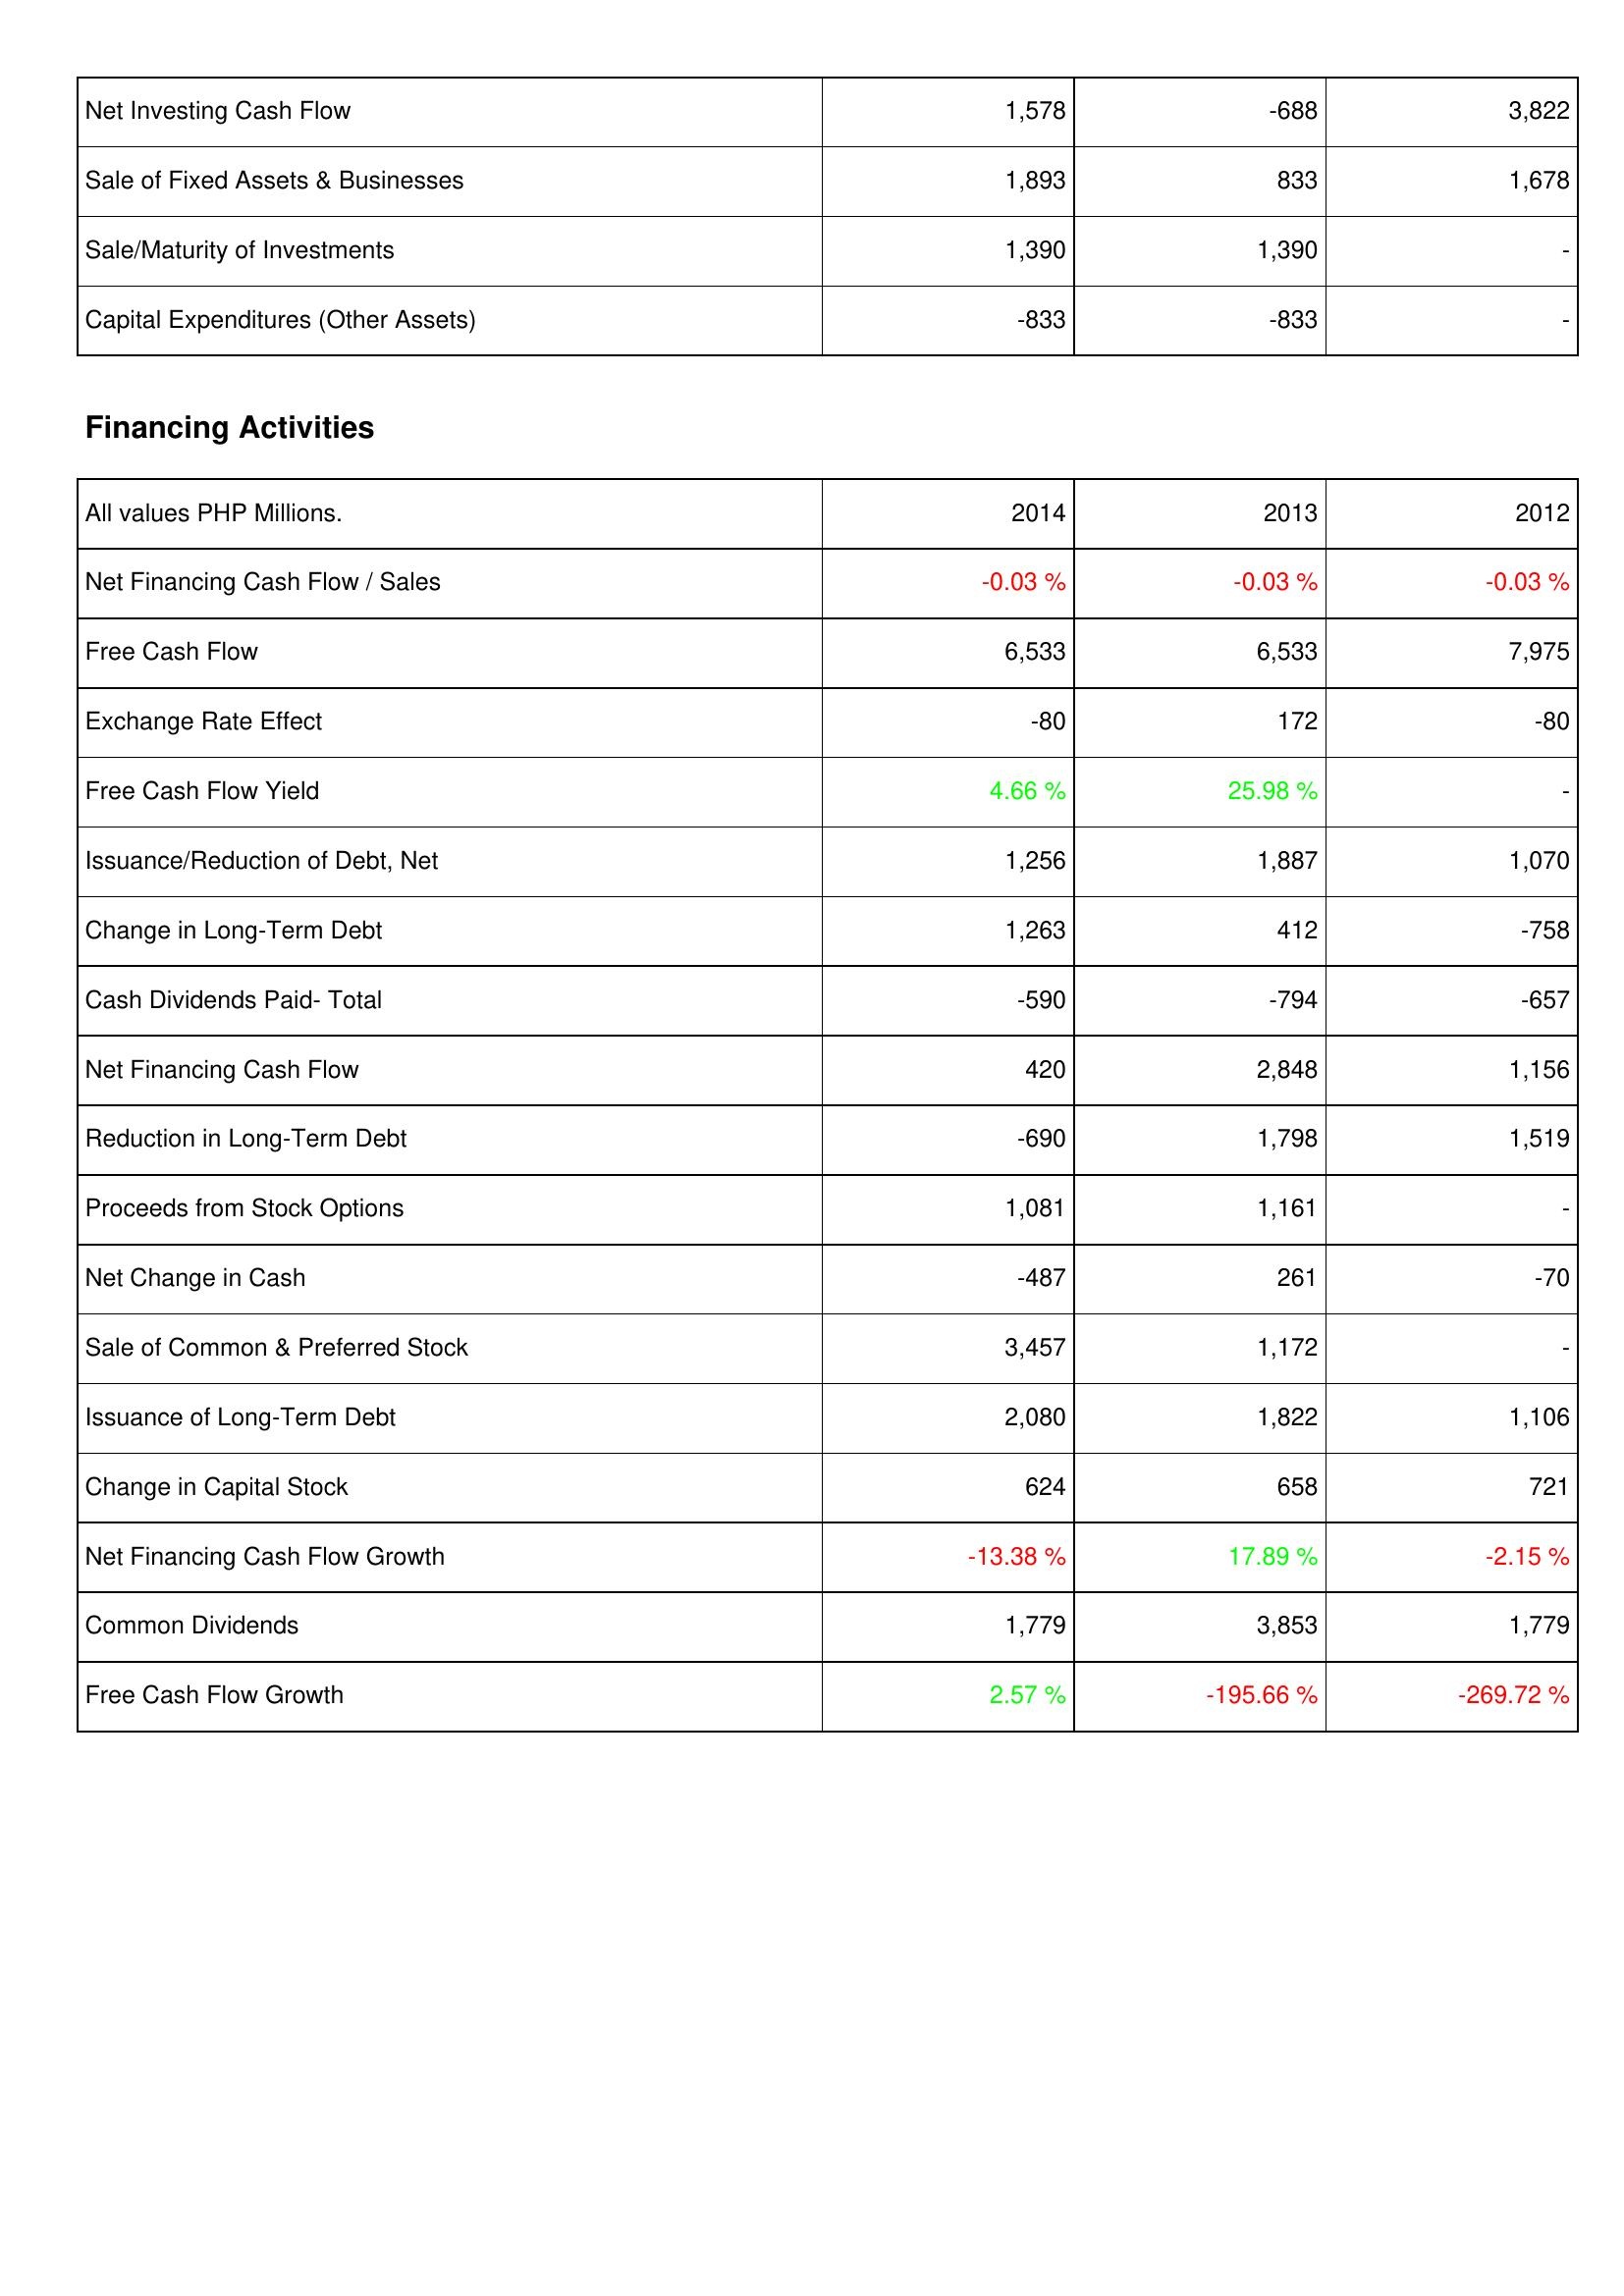
2014: Investing Activities: Net Investing Cash Flow: 1,578
Sale of Fixed Assets & Businesses: 1,893
Sale/Maturity of Investments: 1,390
Capital Expenditures (Other Assets): -833
Financing Activities: Net Financing Cash Flow / Sales: -0.03 %
Free Cash Flow: 6,533
Exchange Rate Effect: -80
Free Cash Flow Yield: 4.66 %
Issuance/Reduction of Debt, Net: 1,256
Change in Long-Term Debt: 1,263
Cash Dividends Paid- Total: -590
Net Financing Cash Flow: 420
Reduction in Long-Term Debt: -690
Proceeds from Stock Options: 1,081
Net Change in Cash: -487
Sale of Common & Preferred Stock: 3,457
Issuance of Long-Term Debt: 2,080
Change in Capital Stock: 624
Net Financing Cash Flow Growth: -13.38 %
Common Dividends: 1,779
Free Cash Flow Growth: 2.57 %
2013: Investing Activities: Net Investing Cash Flow: -688
Sale of Fixed Assets & Businesses: 833
Sale/Maturity of Investments: 1,390
Capital Expenditures (Other Assets): -833
Financing Activities: Net Financing Cash Flow / Sales: -0.03 %
Free Cash Flow: 6,533
Exchange Rate Effect: 172
Free Cash Flow Yield: 25.98 %
Issuance/Reduction of Debt, Net: 1,887
Change in Long-Term Debt: 412
Cash Dividends Paid- Total: -794
Net Financing Cash Flow: 2,848
Reduction in Long-Term Debt: 1,798
Proceeds from Stock Options: 1,161
Net Change in Cash: 261
Sale of Common & Preferred Stock: 1,172
Issuance of Long-Term Debt: 1,822
Change in Capital Stock: 658
Net Financing Cash Flow Growth: 17.89 %
Common Dividends: 3,853
Free Cash Flow Growth: -195.66 %
2012: Investing Activities: Net Investing Cash Flow: 3,822
Sale of Fixed Assets & Businesses: 1,678
Sale/Maturity of Investments: -
Capital Expenditures (Other Assets): -
Financing Activities: Net Financing Cash Flow / Sales: -0.03 %
Free Cash Flow: 7,975
Exchange Rate Effect: -80
Free Cash Flow Yield: -
Issuance/Reduction of Debt, Net: 1,070
Change in Long-Term Debt: -758
Cash Dividends Paid- Total: -657
Net Financing Cash Flow: 1,156
Reduction in Long-Term Debt: 1,519
Proceeds from Stock Options: -
Net Change in Cash: -70
Sale of Common & Preferred Stock: -
Issuance of Long-Term Debt: 1,106
Change in Capital Stock: 721
Net Financing Cash Flow Growth: -2.15 %
Common Dividends: 1,779
Free Cash Flow Growth: -269.72 %